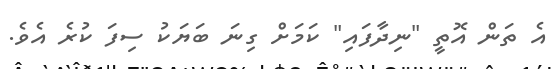
އެ ތަން އޮތީ "ނިދާފައި" ކަމަށް ގިނަ ބަޔަކު ސިފަ ކުރެ އެވެ.